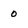
Character: o